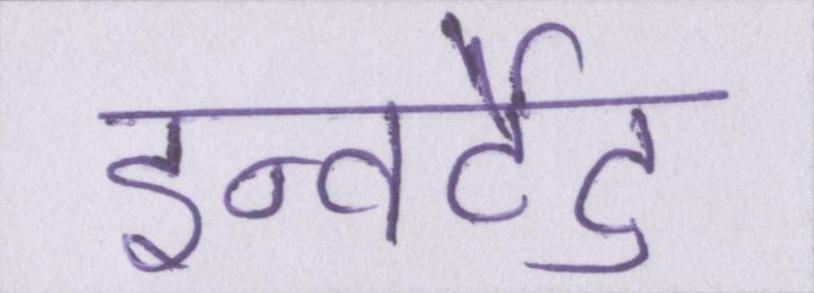
इन्वर्टेड